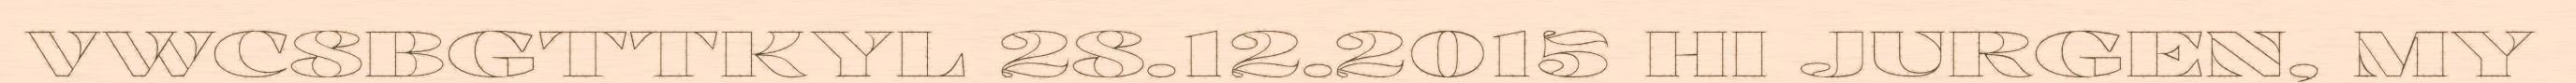
VWC8BGTTKYL 28.12.2015 HI JURGEN, MY